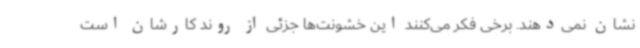
نشان نمی‌دهند. برخی فکر می‌کنند این خشونت‌ها جزئی از روند کارشان است